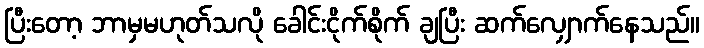
ပြီးတော့ ဘာမှမဟုတ်သလို ခေါင်းငိုက်စိုက် ချပြီး ဆက်လျှောက်နေသည်။